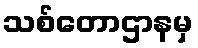
သစ်တောဌာနမှ